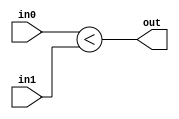
module coreir_ult #(
    parameter width = 1
) (
    input [width-1:0] in0,
    input [width-1:0] in1,
    output out
);
  assign out = in0 < in1;
endmodule

module coreir_ult2_wrapped (
    input [1:0] I0,
    input [1:0] I1,
    output O
);
wire coreir_ult2_inst0_out;
coreir_ult #(
    .width(2)
) coreir_ult2_inst0 (
    .in0(I0),
    .in1(I1),
    .out(coreir_ult2_inst0_out)
);
assign O = coreir_ult2_inst0_out;
endmodule